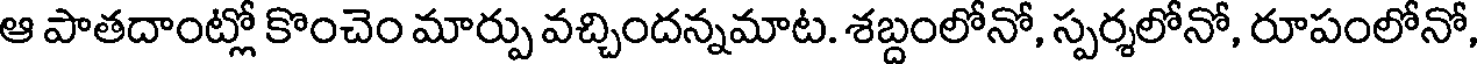
ఆ పాతదాంట్లో కొంచెం మార్పు వచ్చిందన్నమాట. శబ్దంలోనో, స్పర్శలోనో, రూపంలోనో